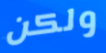
ولكن